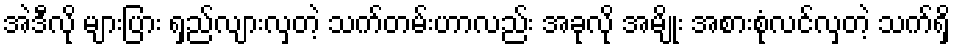
အဲဒီလို များပြား ရှည်လျားလှတဲ့ သက်တမ်းဟာလည်း အခုလို အမျိုး အစားစုံလင်လှတဲ့ သက်ရှိ